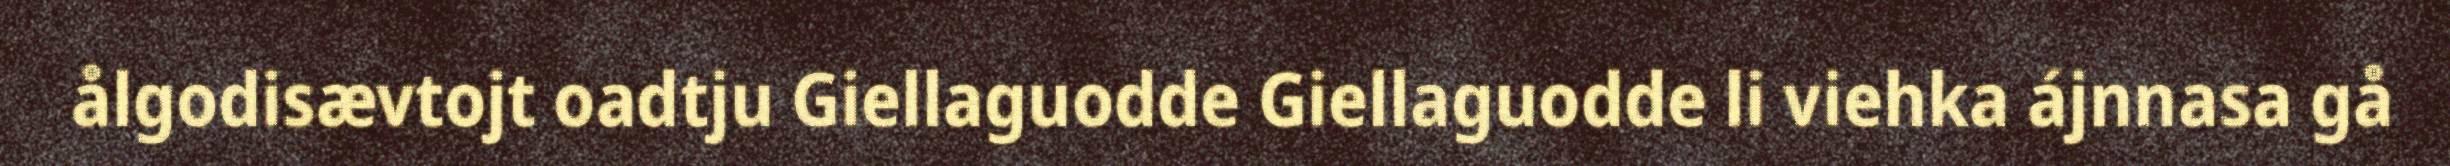
ålgodisævtojt oadtju Giellaguodde Giellaguodde li viehka ájnnasa gå